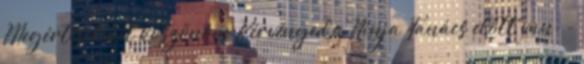
Megértéseteket köszönöm Kérvényed a Ninja Tanács előtt van. -